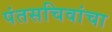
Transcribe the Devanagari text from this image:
पंतसचिवांचा